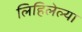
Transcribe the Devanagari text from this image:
लिहिलेल्‍या